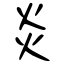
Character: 炎